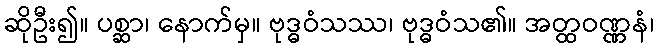
ဆိုဦး၍။ ပစ္ဆာ၊ နောက်မှ။ ဗုဒ္ဓဝံသဿ၊ ဗုဒ္ဓဝံသ၏။ အတ္ထဝဏ္ဏနံ၊